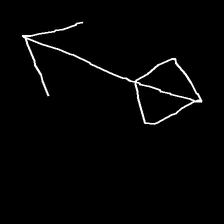
Glyph: focus